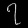
Digit: ၇